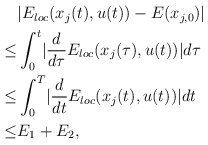
\begin{align*}\begin{aligned}&\lvert E_{loc}(x_{j}(t),u(t))-E(x_{j,0})\rvert\\\leq &\int_{0}^{t}\lvert\frac{d}{d\tau}E_{loc}(x_{j}(\tau), u(t))\rvert d\tau\\\leq & \int_{0}^{T}\lvert\frac{d}{dt}E_{loc}(x_{j}(t),u(t))\rvert dt\\\leq &E_{1}+E_{2},\end{aligned}\end{align*}